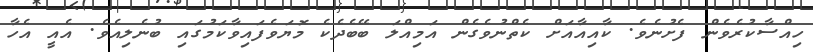
ހިއްސާކުރެވެން ފެށުނެވެ. ކާއިއާއަށް ކެތްނުވެގެން އަމިއްލަ ބޭބެދެކެ މޮޔަވެފައިވާކަމުގައި ބުނެލިއެވެ. އެއީ އެހާ